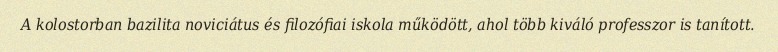
A kolostorban bazilita noviciátus és filozófiai iskola működött, ahol több kiváló professzor is tanított.